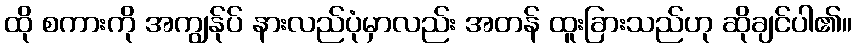
ထို စကားကို အကျွန်ုပ် နားလည်ပုံမှာလည်း အတန် ထူးခြားသည်ဟု ဆိုချင်ပါ၏။